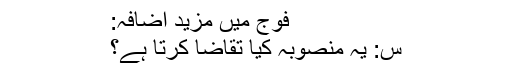
فوج میں مزید اضافہ:
س: یہ منصوبہ کیا تقاضا کرتا ہے؟